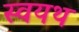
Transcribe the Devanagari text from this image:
स्वयथ